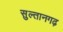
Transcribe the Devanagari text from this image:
सुल्तानगढ़